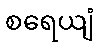
စရေယျံ